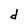
Character: d